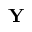
\mathbf { Y }